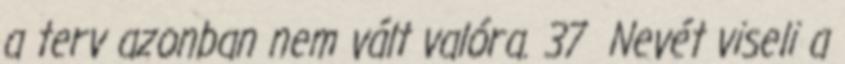
a terv azonban nem vált valóra. 37 Nevét viseli a